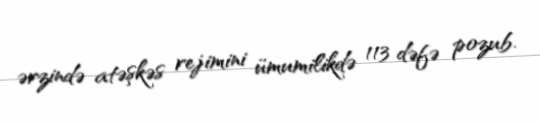
ərzində atəşkəs rejimini ümumilikdə 113 dəfə pozub.